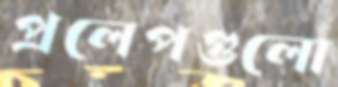
প্রলেপগুলো